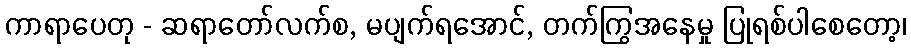
ကာရာပေတု - ဆရာတော်လက်စ, မပျက်ရအောင်, တက်ကြွအနေမှု ပြုရစ်ပါစေတော့၊